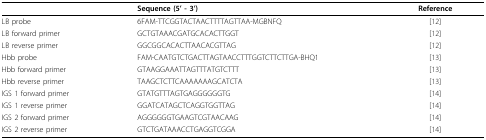
|  | Sequence (5' - 3') | Reference |
 | --- | --- | --- |
 | LB probe | 6FAM-TTCGGTACTAACTTTTAGTTAA-MGBNFQ | [12] |
 | LB forward primer | GCTGTAAACGATGCACACTTGGT | [12] |
 | LB reverse primer | GGCGGCACACTTAACACGTTAG | [12] |
 | Hbb probe | FAM-CAATGTCTGACTTAGTAACCTTTGGTCTTCTTGA-BHQ1 | [13] |
 | Hbb forward primer | GTAAGGAAATTAGTTTATGTCTTT | [13] |
 | Hbb reverse primer | TAAGCTCTTCAAAAAAAGCATCTA | [13] |
 | IGS 1 forward primer | GTATGTTTAGTGAGGGGGGTG | [14] |
 | IGS 1 reverse primer | GGATCATAGCTCAGGTGGTTAG | [14] |
 | IGS 2 forward primer | AGGGGGGTGAAGTCGTAACAAG | [14] |
 | IGS 2 reverse primer | GTCTGATAAACCTGAGGTCGGA | [14] |